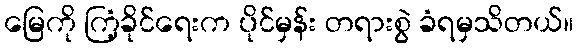
မြေကို ကြံ့ခိုင်ရေးက ပိုင်မှန်း တရားစွဲ ခံရမှသိတယ်။